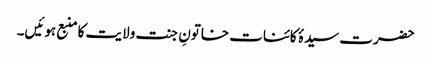
حضرت سیدۂ کائنات خاتونِ جنت ولایت کا منبع ہوئیں۔